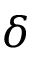
\delta